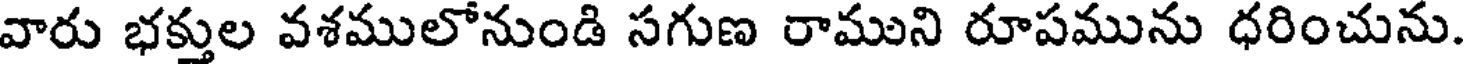
వారు భక్తుల వశములోనుండి సగుణ రాముని రూపమును ధరించును.